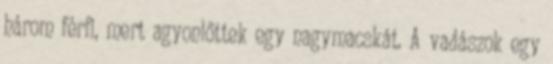
három férfi, mert agyonlőttek egy nagymacskát. A vadászok egy